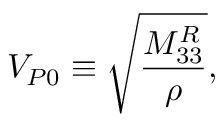
V _ { P 0 } \equiv \sqrt { \frac { M _ { 3 3 } ^ { R } } { \rho } } ,